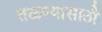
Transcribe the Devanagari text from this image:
तळ्ण्यासाठी